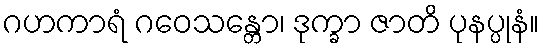
ဂဟကာရံ ဂဝေသန္တော၊ ဒုက္ခာ ဇာတိ ပုနပ္ပုနံ။